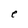
Character: e